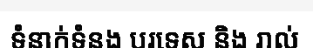
ទំនាក់ទំនង បរទេស និង រាល់